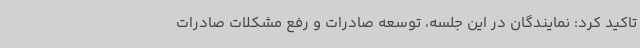
تاکید کرد: نمایندگان در این جلسه، توسعه صادرات و رفع مشکلات صادرات